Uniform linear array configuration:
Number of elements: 16
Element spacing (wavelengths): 1
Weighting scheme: uniform
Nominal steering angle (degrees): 45
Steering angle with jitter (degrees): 44.845
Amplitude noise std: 0.05
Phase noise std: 0.05

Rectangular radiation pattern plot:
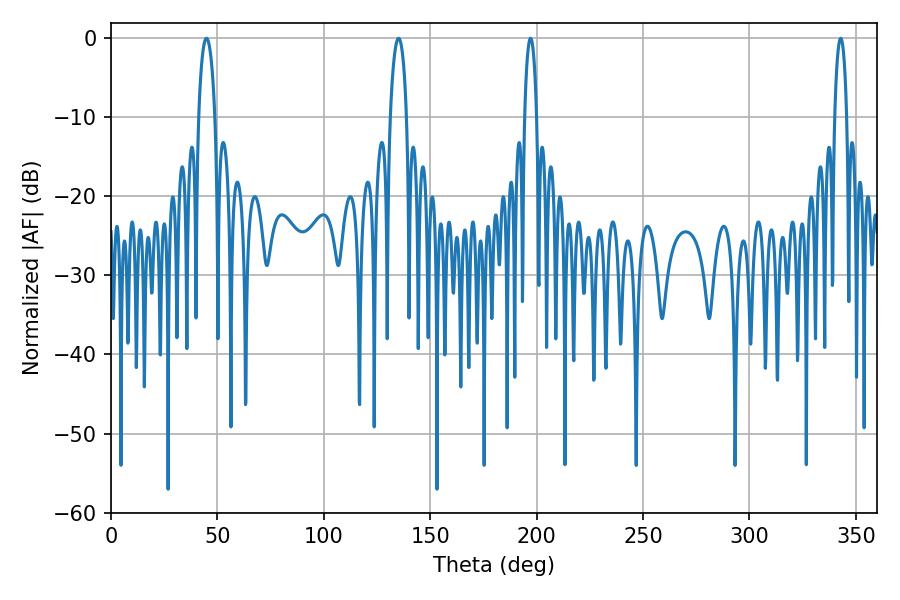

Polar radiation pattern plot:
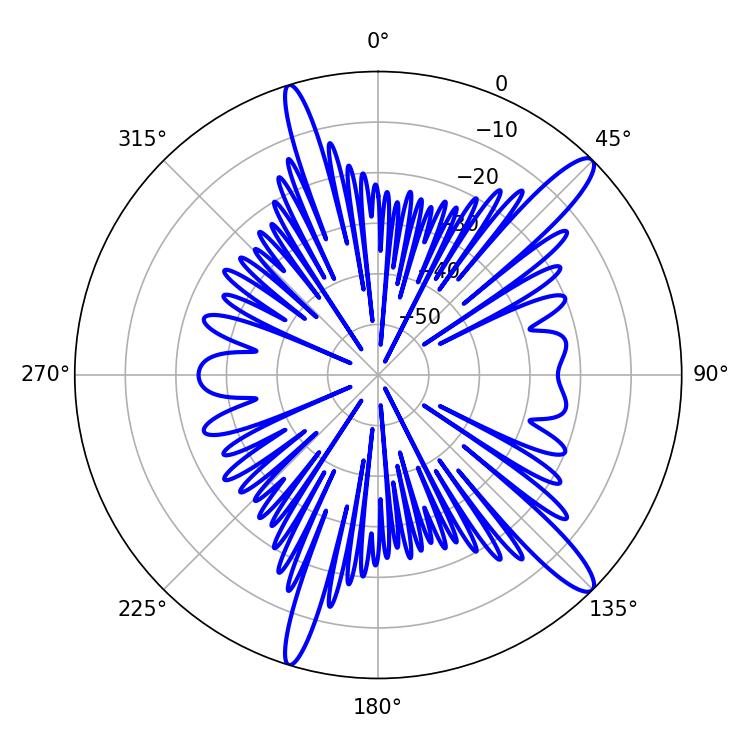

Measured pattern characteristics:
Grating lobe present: TRUE
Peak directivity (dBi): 13.678
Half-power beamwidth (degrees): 3.24
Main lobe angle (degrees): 197.1